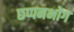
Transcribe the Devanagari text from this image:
छप्पनभोग